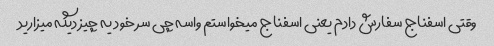
وقتی اسفناج سفارش دادم یعنی اسفناج میخواستم واسه چی سر خود یه چیز دیگه میزارید